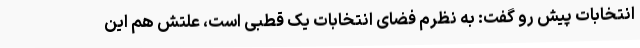
انتخابات پیش رو گفت: به نظرم فضای انتخابات یک قطبی است، علتش هم این